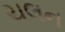
ચલન